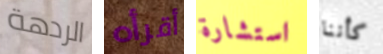
الردهة أقرأه استشارة كأننا